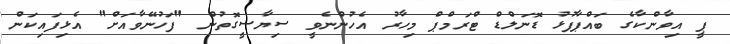
ޕީ އިވާންކާގެ ބައްޕާފުޅު ޑޮނަލްޑް ޓްރަމްޕް މިހާރު އެހުންނެވީ ސިޔާސީގޮތުން "ފަހުނޭވާއަށް" އެޅިފައިކަން